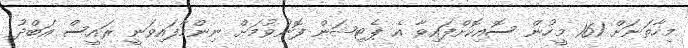
މިހާތަނަށް 161 މީހުން ސޮއިކޮށްފައިވާ އެ ޕެޓިޝަން ފޮނުވުމަށް ނިންމާފައިވަނީ ރައީސް އަބްދު